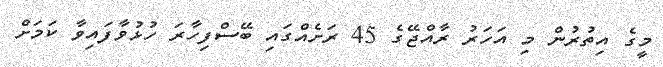
މީގެ އިތުރުން މި އަހަރު ރާއްޖޭގެ 45 ރަށެއްގައި ބޭސްފިހާރަ ހުޅުވާފައިވާ ކަމަށް